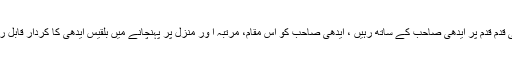
بلقیس ایدھی قدم قدم پر ایدھی صاحب کے ساتھ رہیں ، ایدھی صاحب کو اس مقام، مرتبہ ا ور منزل پر پہنچانے میں بلقیس ایدھی کا کردار قابل رشک ہے‘‘۔